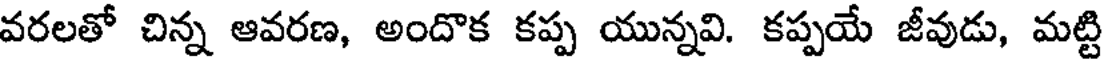
వరలతో చిన్న ఆవరణ, అందొక కప్ప యున్నవి. కప్పయే జీవుడు, మట్టి